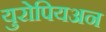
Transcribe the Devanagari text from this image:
युरोपियअन